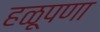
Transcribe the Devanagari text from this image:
हळूपणा